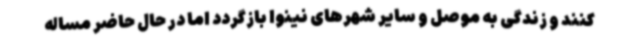
کنند و زندگی به موصل و سایر شهرهای نینوا بازگردد اما در حال حاضر مساله